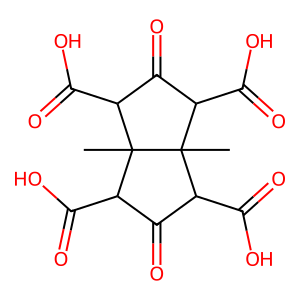
SMILES: CC12C(C(=O)O)C(=O)C(C(=O)O)C1(C)C(C(=O)O)C(=O)C2C(=O)O
Inhibits HIV replication: No